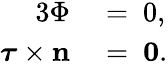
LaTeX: \begin{array}{rl}{{3}\Phi}&{{}=~{0},}\\ {\boldsymbol{\tau}\times\mathbf{n}}&{{}=~\mathbf{0}.}\end{array}